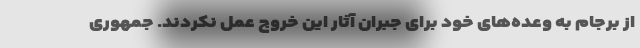
از برجام به وعده‌های خود برای جبران آثار این خروج عمل نکردند. جمهوری